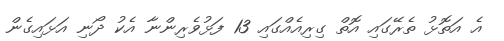
އެ އަތޮޅު ތެރޭގައި އޮތް ގިރިއެއްގައި 13 ފަޅުވެރިންނާ އެކު ދޯނި އަޅައިގެން